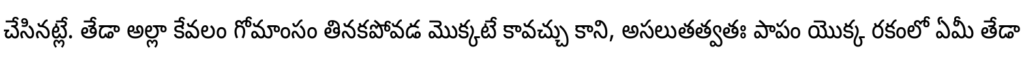
చేసినట్లే. తేడా అల్లా కేవలం గోమాంసం తినకపోవడ మొక్కటే కావచ్చు కాని, అసలుతత్వతః పాపం యొక్క రకంలో ఏమీ తేడా